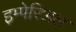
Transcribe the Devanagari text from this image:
इम्पेरिअल